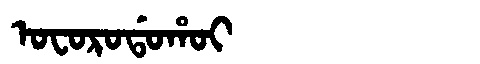
Manchu: ᠣᠸᠣᡵᠣᡩᠣᡥᠣᡳ
Romanization: OFORODOHOI